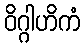
ဝိဂ္ဂါဟိကံ